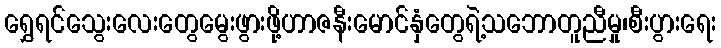
ရွှေရင်သွေးလေးတွေမွေးဖွားဖို့ဟာဇနီးမောင်နှံတွေရဲ့သဘောတူညီမှု၊စီးပွားရေး